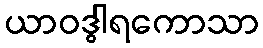
ယာဝဒွါရကောသာ